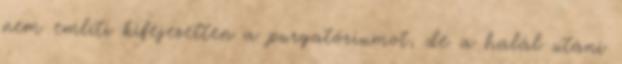
nem említi kifejezetten a purgatóriumot, de a halál utáni